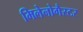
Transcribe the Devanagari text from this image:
मिलेनोगैस्टर